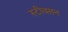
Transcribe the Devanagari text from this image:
स्टीवसन